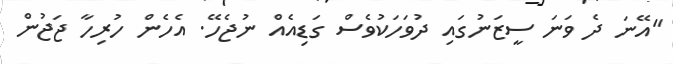
"އޭނަ ދެ ވަނަ ސީޒަނުގައި ދުވަހަކުވެސް ގަޑިއެއް ނުޖެހޭ. އެހެން ހުރިހާ ޖަޖުން